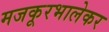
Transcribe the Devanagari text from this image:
मजकूरभालेकर